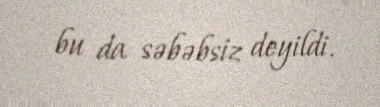
bu da səbəbsiz deyildi.